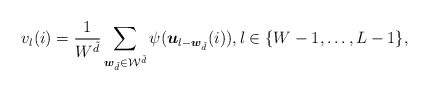
\begin{align*} v_{l}(i) = \frac{1}{W^{\tilde{d}}}\sum_{\boldsymbol{w}_{\tilde{d}}\in\mathcal{W}^{\tilde{d}}}\psi(\boldsymbol{u}_{l-\boldsymbol{w}_{\tilde{d}}}(i)), l\in\{W-1,\ldots,L-1\}, \end{align*}